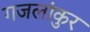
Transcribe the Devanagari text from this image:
गजलांकुर